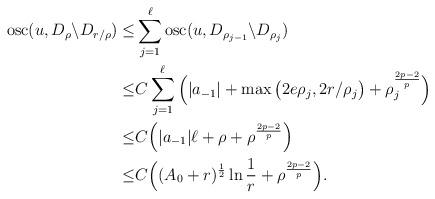
LaTeX: \begin{align*}\textrm{osc}(u,D_{\rho}\backslash D_{r/\rho})\leq&\sum_{j=1}^\ell \textrm{osc}(u,D_{\rho_{j-1}}\backslash D_{\rho_j})\\\leq& C\sum_{j=1}^\ell \Big(|a_{-1}|+\max\big({2e\rho_j},2r/\rho_j\big)+\rho_j^{\frac{2p-2}{p}}\Big)\\\leq& C \Big(|a_{-1}|\ell+\rho+\rho^{\frac{2p-2}{p}}\Big)\\\leq& C\Big((A_0 +r)^{\frac{1}{2}}\ln\dfrac{1}{r}+\rho^{\frac{2p-2}{p}}\Big).\end{align*}